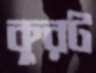
কুরট